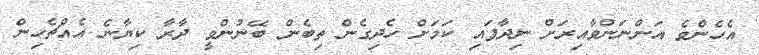
އެހެންވެ އަންނަންވާއިރަށް ނިދާފައި ކަމަށް ހެދިގެން ތިބެން ބޭނުންވީ ދާރާ ކިޔާނެ އެއްޗެހިން